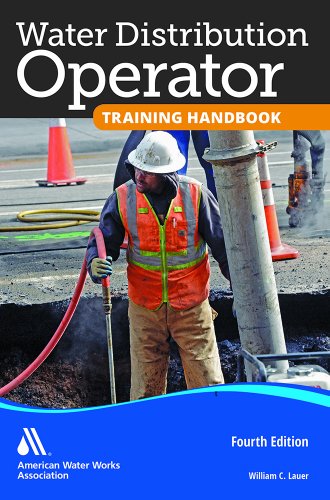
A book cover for Water Distribution Operator Training Handbook; Science & Math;